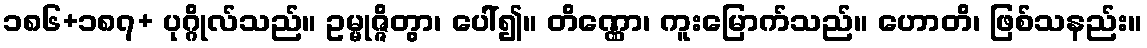
၁၈၆+၁၈၇+ ပုဂ္ဂိုလ်သည်။ ဥမ္မုဇ္ဇိတွာ၊ ပေါ်၍။ တိဏ္ဏော၊ ကူးမြောက်သည်။ ဟောတိ၊ ဖြစ်သနည်း။